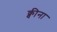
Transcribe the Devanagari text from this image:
क्वीना